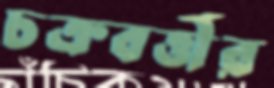
চক্রবর্ত্তীর